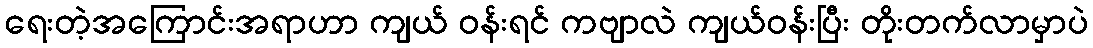
ရေးတဲ့အကြောင်းအရာဟာ ကျယ် ဝန်းရင် ကဗျာလဲ ကျယ်ဝန်းပြီး တိုးတက်လာမှာပဲ